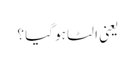
یعنی الٹا ہو گیا ؟